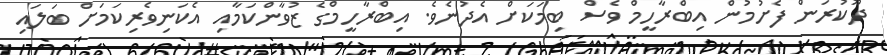
ދޫކުރަން ފެށުމުން އިބްރާހީމް ވެސް ބިމަކަށް އެދުނެވެ. އިބްރާހީމްގެ ޒުވާންކަމާއި އެކަނިވެރިކަމަށް ބަލައި